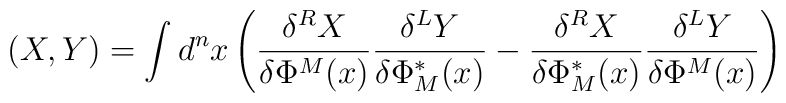
(X,Y)=\int d^nx\left( \frac{\delta^RX}{\delta\Phi^M(x)}\frac{\delta^LY}{\delta\Phi^*_M(x)}-\frac{\delta^RX}{\delta\Phi^*_M(x)}\frac{\delta^LY}{\delta\Phi^M(x)}\right)